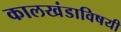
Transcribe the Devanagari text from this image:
कालखंडाविषयी